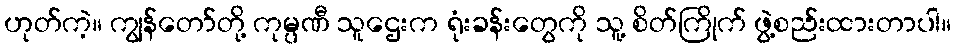
ဟုတ်ကဲ့။ ကျွန်တော်တို့ ကုမ္ပဏီ သူဌေးက ရုံးခန်းတွေကို သူ့ စိတ်ကြိုက် ဖွဲ့စည်းထားတာပါ။